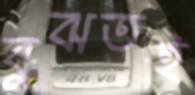
বুঝতই